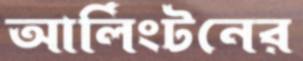
আর্লিংটনের